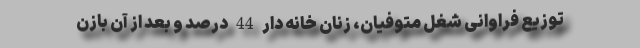
توزیع فراوانی شغل متوفیان، زنان خانه دار 44 درصد و بعد از آن بازن